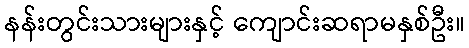
နန်းတွင်းသားများနှင့် ကျောင်းဆရာမနှစ်ဦး။